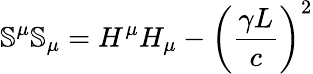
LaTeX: \mathbb{S}^{\mu}\mathbb{S}_{\mu}=H^{\mu}H_{\mu}-\left(\frac{\gamma L}{c}\right)^{2}